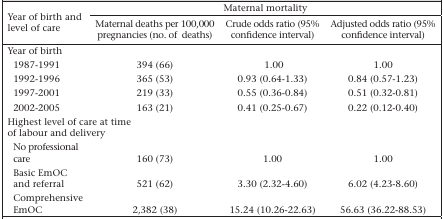
<table><thead><tr><td rowspan="2"><b>Year of birth and level of care</b></td><td colspan="3"><b>Maternal mortality</b></td></tr><tr><td><b>Maternal deaths per 100,000 pregnancies (no. of deaths)</b></td><td><b>Crude odds ratio (95% confidence interval)</b></td><td><b>Adjusted odds ratio (95% confidence interval)</b></td></tr></thead><tbody><tr><td>Year of birth</td><td></td><td></td><td></td></tr><tr><td>1987-1991</td><td>394 (66)</td><td>1.00</td><td>1.00</td></tr><tr><td>1992-1996</td><td>365 (53)</td><td>0.93 (0.64-1.33)</td><td>0.84 (0.57-1.23)</td></tr><tr><td>1997-2001</td><td>219 (33)</td><td>0.55 (0.36-0.84)</td><td>0.51 (0.32-0.81)</td></tr><tr><td>2002-2005</td><td>163 (21)</td><td>0.41 (0.25-0.67)</td><td>0.22 (0.12-0.40)</td></tr><tr><td>Highest level of care at time of labour and delivery</td><td></td><td></td><td></td></tr><tr><td>No professional care</td><td>160 (73)</td><td>1.00</td><td>1.00</td></tr><tr><td>Basic EmOC and referral</td><td>521 (62)</td><td>3.30 (2.32-4.60)</td><td>6.02 (4.23-8.60)</td></tr><tr><td>Comprehensive EmOC</td><td>2,382 (38)</td><td>15.24 (10.26-22.63)</td><td>56.63 (36.22-88.53)</td></tr></tbody></table>